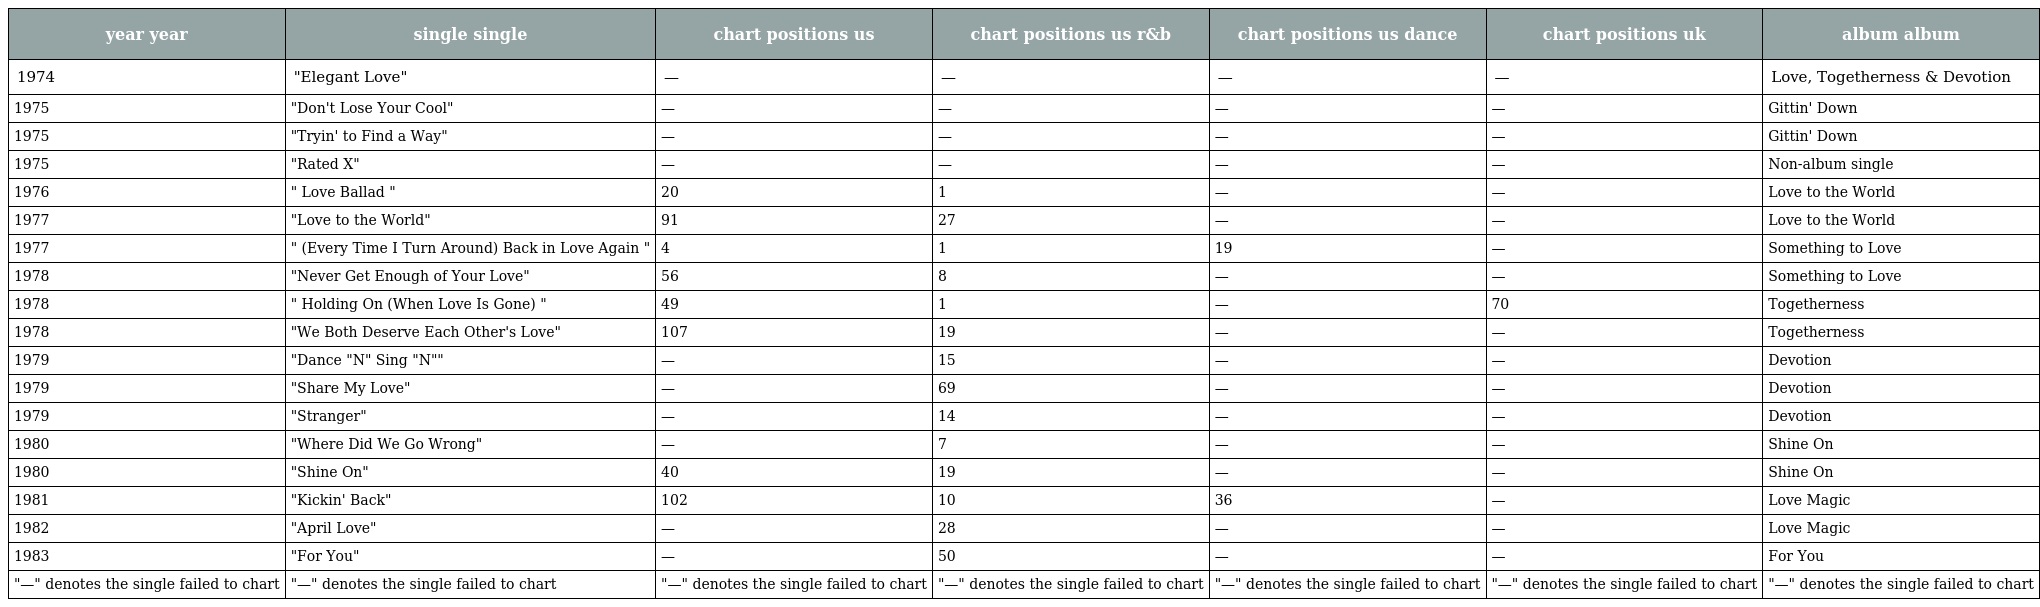
| year year | single single | chart positions us | chart positions us r&b | chart positions us dance | chart positions uk | album album |
 | --- | --- | --- | --- | --- | --- | --- |
 | 1974 | "Elegant Love" | — | — | — | — | Love, Togetherness & Devotion |
 | 1975 | "Don't Lose Your Cool" | — | — | — | — | Gittin' Down |
 | 1975 | "Tryin' to Find a Way" | — | — | — | — | Gittin' Down |
 | 1975 | "Rated X" | — | — | — | — | Non-album single |
 | 1976 | " Love Ballad " | 20 | 1 | — | — | Love to the World |
 | 1977 | "Love to the World" | 91 | 27 | — | — | Love to the World |
 | 1977 | " (Every Time I Turn Around) Back in Love Again " | 4 | 1 | 19 | — | Something to Love |
 | 1978 | "Never Get Enough of Your Love" | 56 | 8 | — | — | Something to Love |
 | 1978 | " Holding On (When Love Is Gone) " | 49 | 1 | — | 70 | Togetherness |
 | 1978 | "We Both Deserve Each Other's Love" | 107 | 19 | — | — | Togetherness |
 | 1979 | "Dance "N" Sing "N"" | — | 15 | — | — | Devotion |
 | 1979 | "Share My Love" | — | 69 | — | — | Devotion |
 | 1979 | "Stranger" | — | 14 | — | — | Devotion |
 | 1980 | "Where Did We Go Wrong" | — | 7 | — | — | Shine On |
 | 1980 | "Shine On" | 40 | 19 | — | — | Shine On |
 | 1981 | "Kickin' Back" | 102 | 10 | 36 | — | Love Magic |
 | 1982 | "April Love" | — | 28 | — | — | Love Magic |
 | 1983 | "For You" | — | 50 | — | — | For You |
 | "—" denotes the single failed to chart | "—" denotes the single failed to chart | "—" denotes the single failed to chart | "—" denotes the single failed to chart | "—" denotes the single failed to chart | "—" denotes the single failed to chart | "—" denotes the single failed to chart |